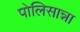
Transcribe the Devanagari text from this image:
पोलिसान्ना